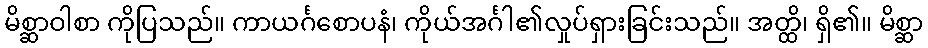
မိစ္ဆာဝါစာ ကိုပြသည်။ ကာယင်္ဂစောပနံ၊ ကိုယ်အင်္ဂါ၏လှုပ်ရှားခြင်းသည်။ အတ္ထိ၊ ရှိ၏။ မိစ္ဆာ